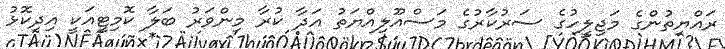
ރައްޔިތުންގެ މަޖިލީހުގެ ސަރުކާރުގެ މަސްއޫލިއްޔަތު އަދާ ކުރާ މިންވަރު ބަލާ ކޮމިޓީއަކީ އިދިކޮޅު